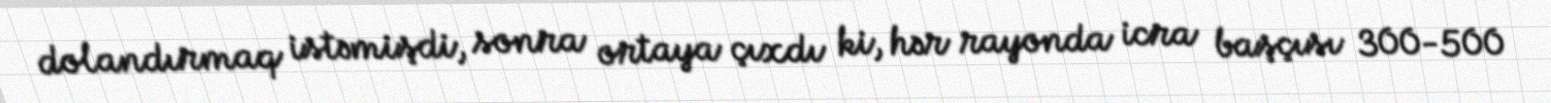
dolandırmaq istəmişdi, sonra ortaya çıxdı ki, hər rayonda icra başçısı 300-500